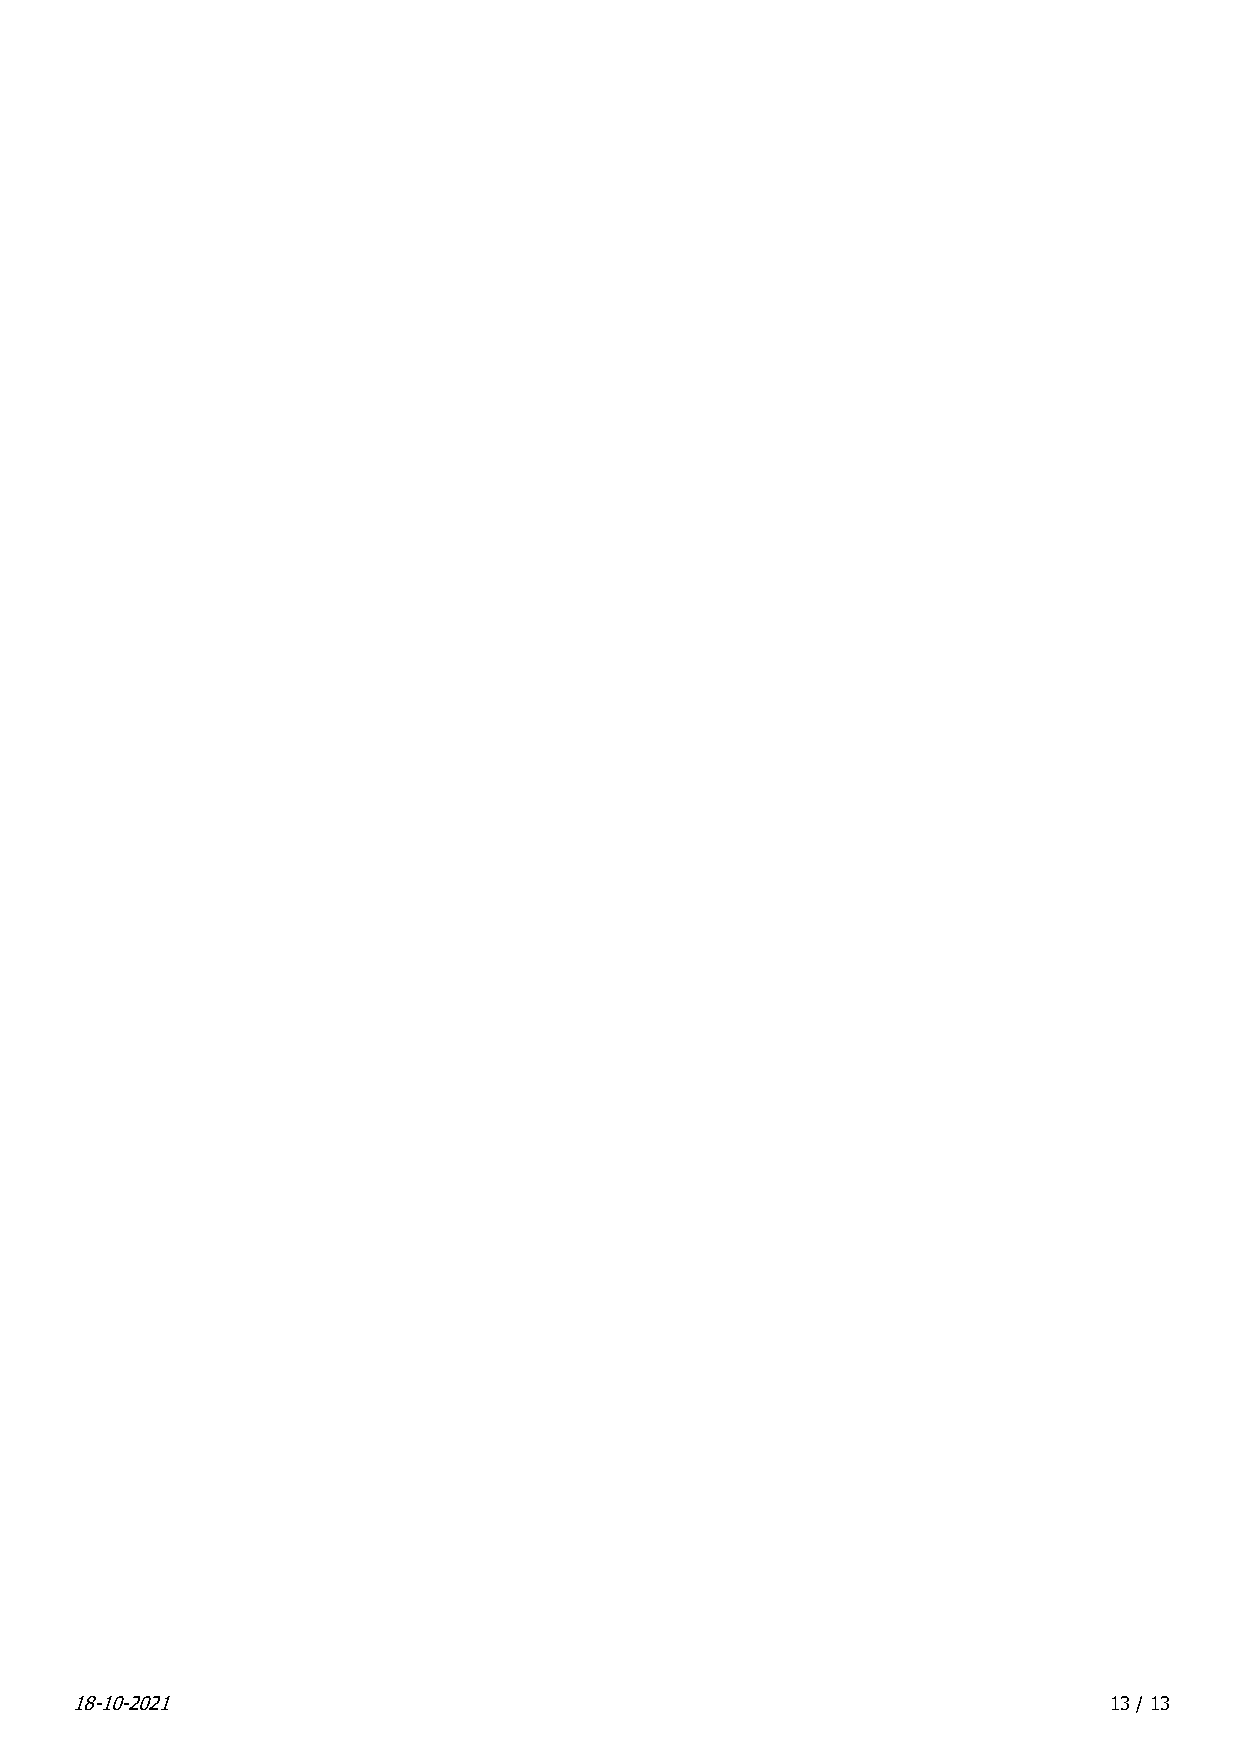
18-10-2021                                                          13 / 13